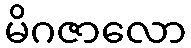
မိဂဇာလော